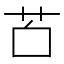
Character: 𦬲